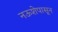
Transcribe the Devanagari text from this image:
नऊशेपासून